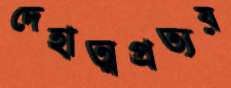
দেহাত্মপ্রত্যয়